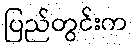
ပြည်တွင်းက